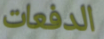
الدفعات